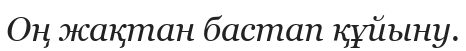
Оң жақтан бастап құйыну.